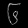
Digit: ၆